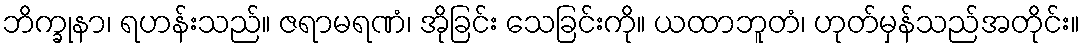
ဘိက္ခုနာ၊ ရဟန်းသည်။ ဇရာမရဏံ၊ အိုခြင်း သေခြင်းကို။ ယထာဘူတံ၊ ဟုတ်မှန်သည်အတိုင်း။